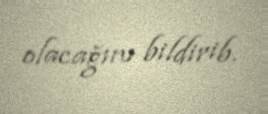
olacağını bildirib.